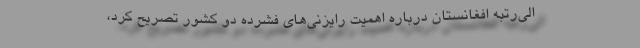
الی‌رتبه افغانستان درباره اهمیت رایزنی‌های فشرده دو کشور تصریح کرد،